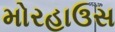
મોરહાઉસ